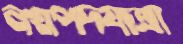
নগ্নপদযাত্রা